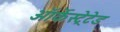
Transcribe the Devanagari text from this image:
ऑर्केस्ट्रेटेड